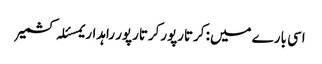
اسی بارے میں: کرتارپورکرتارپور راہداریمسئلہ کشمیر